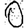
Digit: 0